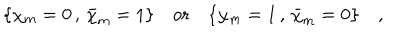
LaTeX: \{ \chi _ { m } = 0 \, , \, \bar { \chi } _ { m } = 1 \} \quad { \mathrm { o r } } \quad \{ \chi _ { m } = 1 \, , \, \bar { \chi } _ { m } = 0 \} \quad ,